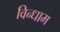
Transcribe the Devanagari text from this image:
विन्धाम